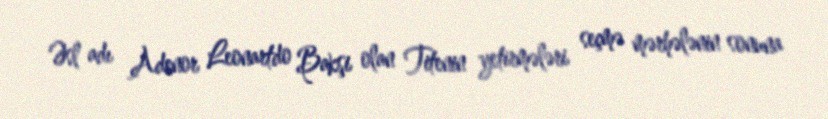
Əsl adı Adenor Leonartdo Bakşi olan Titenin yetirmələri seçmə mərhələnin sonuna